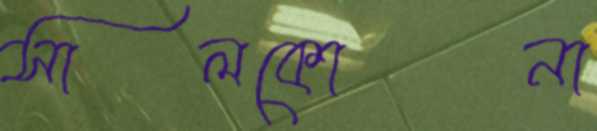
সালকোনা